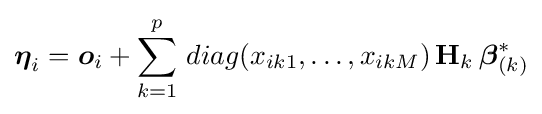
{\boldsymbol {\eta }}_{i}={\boldsymbol {o}}_{i}+\sum _{k=1}^{p}\,diag(x_{ik1},\ldots ,x_{ikM})\,\mathbf {H} _{k}\,{\boldsymbol {\beta }}_{(k)}^{*}